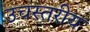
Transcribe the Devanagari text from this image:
उचस्तरीय